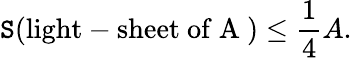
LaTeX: \mathtt{S}(\mathrm{{light-sheet~of~A~}})\leq\frac{{1}}{{4}}A.